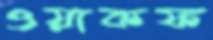
ওয়াকফ